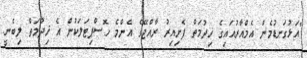
"އަޅުގަނޑުމެން އެމްއާރުއައިގެ ޚިދުމަތް ފެށިއިރު ރާއްޖޭގެ އެންމެ ހޮސްޕިޓަލަކުން އެ ޚިދުމަތް ލިބެނީ.